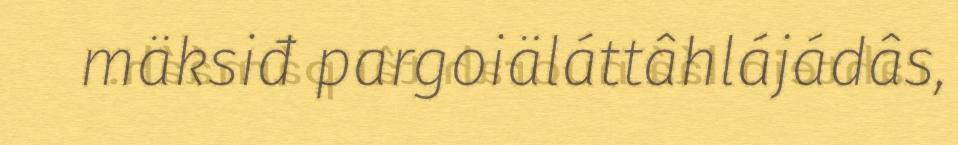
mäksiđ pargoiäláttâhlájádâs,